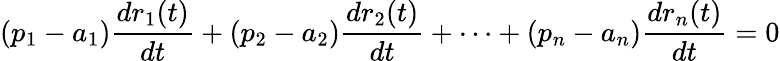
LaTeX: (p_{1}-a_{1}){\frac{dr_{1}(t)}{dt}}+(p_{2}-a_{2}){\frac{dr_{2}(t)}{dt}}+\cdots+(p_{n}-a_{n}){\frac{dr_{n}(t)}{dt}}=0